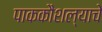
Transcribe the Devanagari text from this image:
पाककौशल्याचे